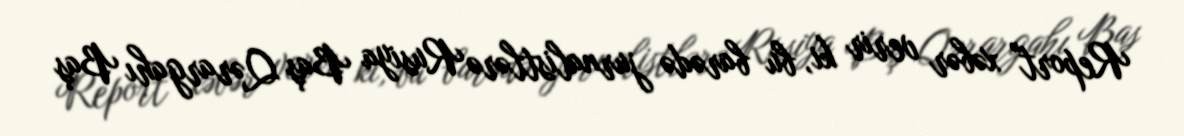
Report" xəbər verir ki, bu barədə jurnalistlərə Rusiya Baş Qərargahı Baş